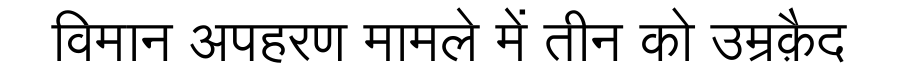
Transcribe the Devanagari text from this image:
विमान अपहरण मामले में तीन को उम्रक़ैद